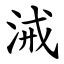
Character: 㳦